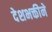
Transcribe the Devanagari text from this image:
देशभक्तीने